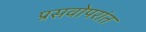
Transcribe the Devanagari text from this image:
प्रसवोपरांत